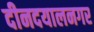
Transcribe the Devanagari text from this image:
दीनदयालनगर